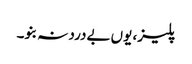
پلیز، یوں بےدرد نہ بنو۔